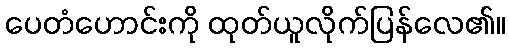
ပေတံဟောင်းကို ထုတ်ယူလိုက်ပြန်လေ၏။